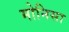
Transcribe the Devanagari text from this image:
मोनिसा